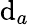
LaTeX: \mathrm{d}_{a}